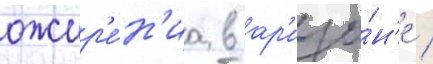
ожир'е́н'иа в ар'изо́н'е /